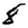
Digit: 8